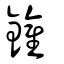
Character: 鑵